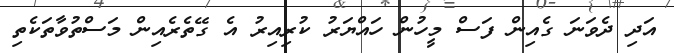
އަދި ދެވަނަ ގެއިން ފަސް މީހުން ހައްޔަރު ކުރިއިރު އެ ގޭތެރެއިން މަސްތުވާތަކެތި